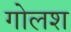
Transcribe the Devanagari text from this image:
गोलश